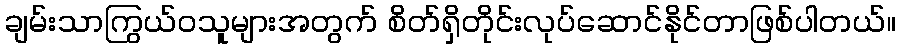
ချမ်းသာကြွယ်ဝသူများအတွက် စိတ်ရှိတိုင်းလုပ်ဆောင်နိုင်တာဖြစ်ပါတယ်။